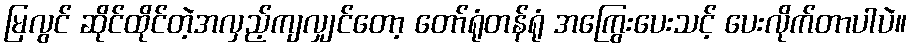
မြလွင် ဆိုင်ထိုင်တဲ့အလှည့်ကျလျှင်တော့ တော်ရုံတန်ရုံ အကြွေးပေးသင့် ပေးလိုက်တာပါပဲ။